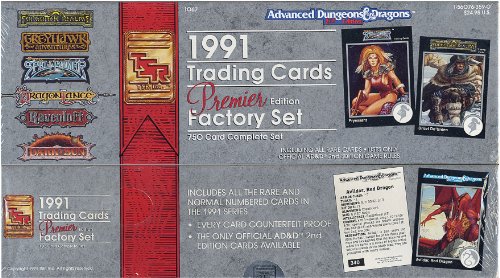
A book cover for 1991 Trading Cards Factory Set/Premier Edition (Advanced Dungeons & Dragons, 2nd Edition); TSR; Science Fiction & Fantasy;